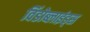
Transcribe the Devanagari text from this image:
विंडोब्लाइंड्स